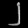
Digit: ၂